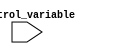
module case_statement_example (
    input wire [1:0] control_variable
);

initial begin
    case (control_variable)
        2'b00: $display("Control variable is 00");
        2'b01: $display("Control variable is 01");
        2'b10: $display("Control variable is 10");
        2'b11: $display("Control variable is 11");
        default: $display("Invalid control variable");
    endcase
end

endmodule